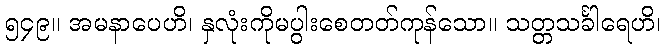
၅၄၉။ အမနာပေဟိ၊ နှလုံးကိုမပွါးစေတတ်ကုန်သော။ သတ္တသင်္ခါရေဟိ၊